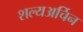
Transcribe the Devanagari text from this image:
शल्यअर्चिन